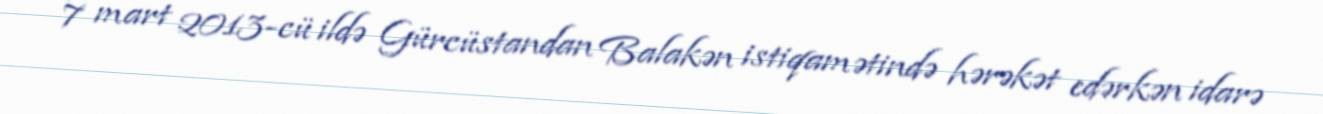
7 mart 2013-cü ildə Gürcüstandan Balakən istiqamətində hərəkət edərkən idarə